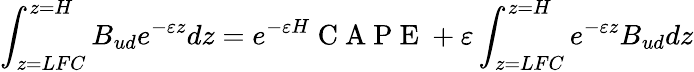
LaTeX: \int_{z=LFC}^{z=H}B_{ud}e^{-\varepsilon z}dz=e^{-\varepsilon H}\mathrm{~C~A~P~E~}+\varepsilon\int_{z=LFC}^{z=H}e^{-\varepsilon z}B_{ud}dz